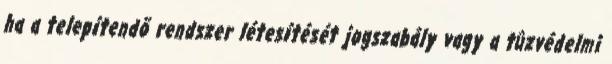
ha a telepítendõ rendszer létesítését jogszabály vagy a tûzvédelmi